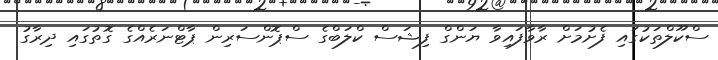
ސްކޫލްތަކުގައި ފެށުމަށް ރާވާފައިވާ ޔަންގް ފިޝަސް ކްލަބްގެ ސްޕޮންސަރިން ޕާޓްނަރެއްގެ ގޮތުގައި ދިރާގު